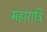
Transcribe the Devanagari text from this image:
महारात्रि